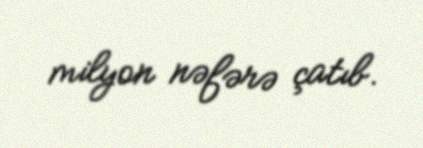
milyon nəfərə çatıb.